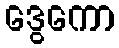
ဒွေကော